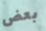
بعض